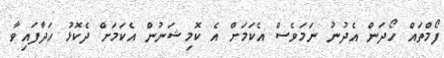
ފޯމްތައް ހޯދަން އެދުނު ނަމަވެސް އެކަމަށް އެ ކޮމިޝަނުން އެކަމަށް ދެކޮޅު ހަދާފައިވާ